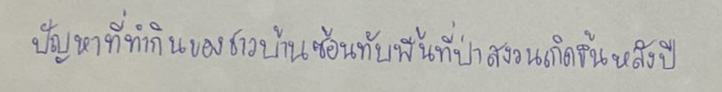
ปัญหาที่ทำกินของชาวบ้านซ้อนทับพื้นที่ป่าสงวนเกิดขึ้นหลังปี